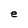
Character: e